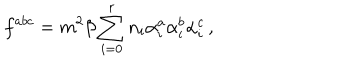
f ^ { a b c } = m ^ { 2 } \beta \sum _ { i = 0 } ^ { r } n _ { i } \alpha _ { i } ^ { a } \alpha _ { i } ^ { b } \alpha _ { i } ^ { c } \, ,